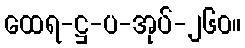
ထေရ-ဋ္ဌ-ပ-အုပ်-၂၆၀။